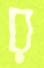
র